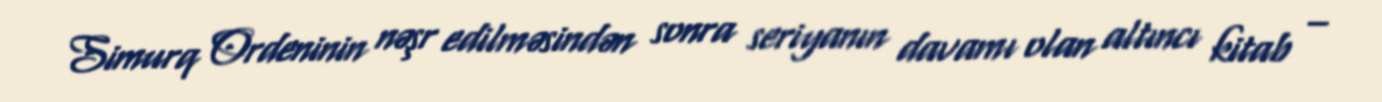
Simurq Ordeninin nəşr edilməsindən sonra seriyanın davamı olan altıncı kitab –